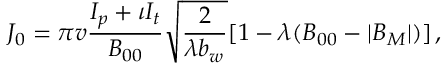
J _ { 0 } = \pi v \frac { I _ { p } + \iota I _ { t } } { B _ { 0 0 } } \sqrt { \frac { 2 } { \lambda b _ { w } } } [ 1 - \lambda ( B _ { 0 0 } - | B _ { M } | ) ] \, ,